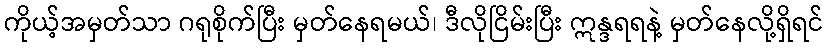
ကိုယ့်အမှတ်သာ ဂရုစိုက်ပြီး မှတ်နေရမယ်၊ ဒီလိုငြိမ်းပြီး ဣန္ဒရရနဲ့ မှတ်နေလို့ရှိရင်